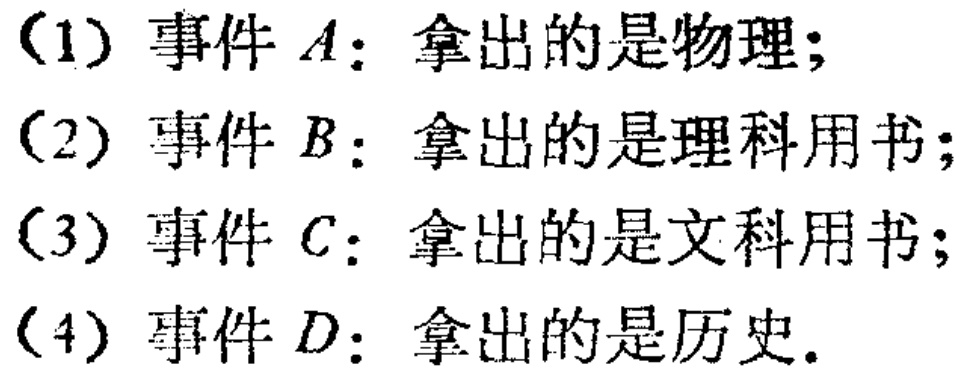
（1）事件 \(A\)：拿出的是物理；
（2）事件 \(B\)：拿出的是理科用书；
（3）事件 \(C\)：拿出的是文科用书；
（4）事件 \(D\)：拿出的是历史。